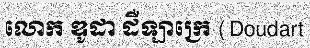
លោក ឌូដា ដឺឡាក្រេ (Doudart